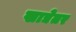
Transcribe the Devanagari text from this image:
खाद्येतर